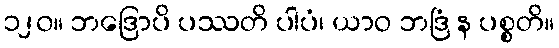
၁၂၀။ ဘဒြောပိ ပဿတိ ပါပံ၊ ယာဝ ဘဒြံ န ပစ္စတိ။